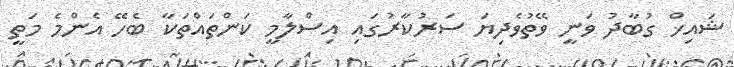
ޝައިޚް ގުބާދު ވަނީ ވޭތުވެދިޔަ ސަރުކާރުގައި އިސްލާމީ ކަންތައްތަކާ ބެހޭ އެންމެ މަތީ